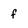
Character: f